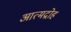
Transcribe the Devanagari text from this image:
आत्मद्रोह